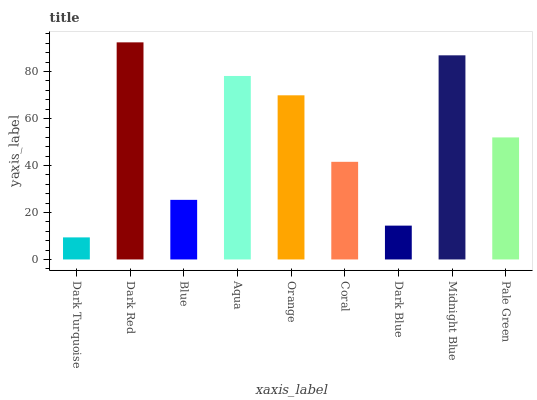
| xaxis_label | bars |
 | --- | --- |
 | Dark Turquoise | 9.39 |
 | Dark Red | 92.4 |
 | Blue | 25.4 |
 | Aqua | 78.1 |
 | Orange | 69.8 |
 | Coral | 41.5 |
 | Dark Blue | 14.4 |
 | Midnight Blue | 86.8 |
 | Pale Green | 51.9 |